Civil Veterinary Dept. Bombay admin report 1900-1906 - 1900-1906
Year: 1900
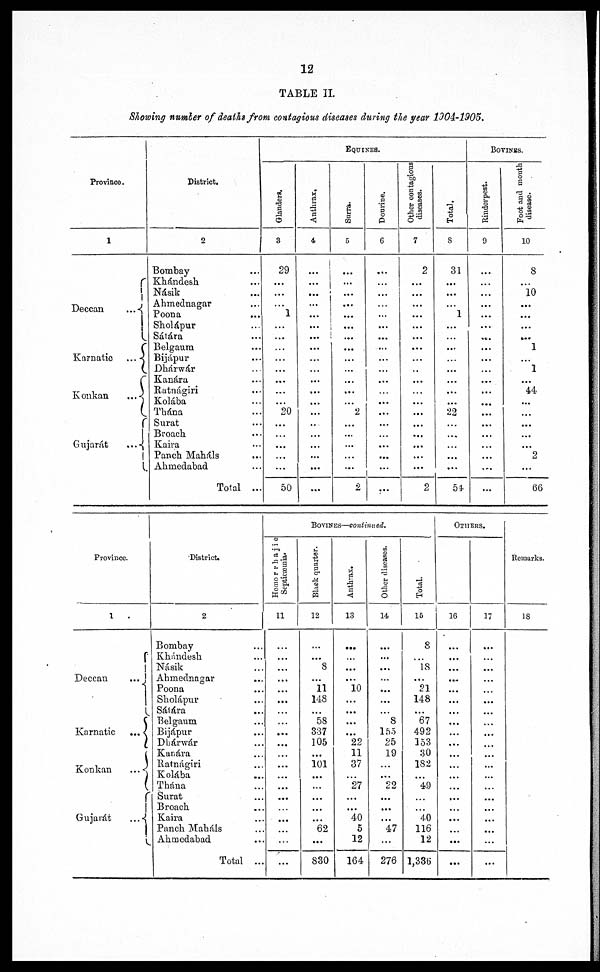
12
TABLE II.
Showing number of deaths from contagious diseases during the year 1904-1905.
Province.
1
Deccan
...
Karnatic ...
Konkan
...
Gujarát
...
District.
2
Bombay ...
Khándesh ...
Násik ...
Ahmednagar ...
Poona ...
Sholápur ...
Sátára ...
Belgaum ...
Bijápur ...
Dhárwár ...
Kanára ...
Ratnágiri ...
Kolába ...
Thána ...
Surat ...
Broach
Kaira ...
Panch Mahals ...
Ahmedabad ...
Total ...
EQUINES.
Glanders.
3
29
...
...
...
1
...
...
...
...
...
...
...
...
20
...
...
...
...
...
50
Anthrax.
4
...
...
...
...
...
...
...
...
...
...
...
...
...
...
...
...
...
...
...
...
Surra.
6
...
...
...
...
...
...
...
...
...
...
...
...
...
2
...
...
...
...
...
2
Dourine.
6
...
...
...
...
...
...
...
...
...
...
...
...
...
...
...
...
...
...
...
...
Other contagious
diseases.
7
2
...
...
...
...
...
...
...
...
..
...
...
...
...
...
...
...
...
...
2
Total.
8
31
...
...
...
1
...
...
...
...
...
...
...
22
...
...
...
...
...
54
BOVINES.
Rinderpest.
9
...
...
...
...
...
...
...
...
...
...
...
...
...
...
...
...
...
...
...
...
Foot and month
disease.
10
8
...
10
...
...
...
...
1
...
1
...
44
...
...
...
...
...
2
...
66
Province.
1
Deccan
...
Karnatic ...
Konkan
...
Gujarát
...
District.
2
Bombay ...
Khándesh ...
Násik ...
Ahmednagar ...
Poona ...
Sholápur ...
Sátára ...
Belgaum ...
Bijápur ...
Dhárwár ...
Kánara ...
Ratnágiri ...
Kolába ...
Thána ...
Surat ...
Broach ...
Kaira ...
Panch Maháls ...
Ahmedabad ...
Total ...
Bovines—continued.
Homorrhajie
Septicæmia.
11
...
...
...
...
...
...
...
...
...
...
...
...
...
...
...
...
...
...
...
Black quarter.
12
...
...
8
...
11
148
...
58
837
105
...
101
...
...
...
...
62
...
830
Anthrax.
13
...
...
...
...
10
...
...
...
...
22
11
37
27
...
...
40
5
12
164
Other diseases.
14
...
...
...
...
...
...
...
8
155
25
19
...
22
...
...
...
47
...
276
Total.
16
8
18
...
21
148
...
67
492
153
30
182
49
...
...
40
116
12
1,386
16
...
...
...
....
...
...
...
...
...
...
...
...
...
...
...
...
...
...
...
17
...
...
...
...
...
...
...
...
...
...
...
...
...
...
...
...
...
...
...
Remarks.
18